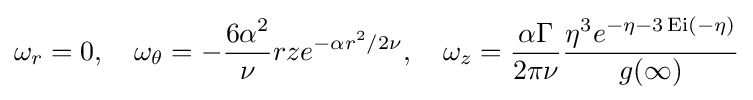
\omega _{r}=0,\quad \omega _{\theta }=-{\frac {6\alpha ^{2}}{\nu }}rze^{-\alpha r^{2}/2\nu },\quad \omega _{z}={\frac {\alpha \Gamma }{2\pi \nu }}{\frac {\eta ^{3}e^{-\eta -3\operatorname {Ei} (-\eta )}}{g(\infty )}}